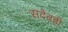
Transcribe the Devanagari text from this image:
सदैवही